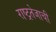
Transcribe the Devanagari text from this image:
राष्ट्रतेजाची